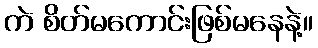
ကဲ စိတ်မကောင်းဖြစ်မနေနဲ့။